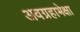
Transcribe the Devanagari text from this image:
अवग्रहाभेक्षा